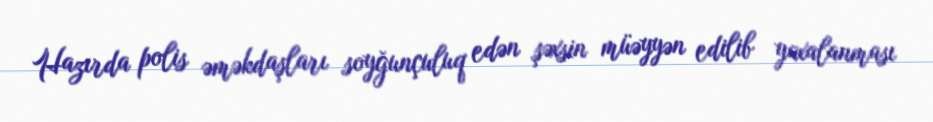
Hazırda polis əməkdaşları soyğunçuluq edən şəxsin müəyyən edilib yaxalanması